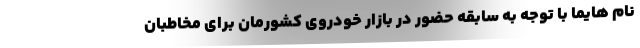
نام هایما با توجه به سابقه حضور در بازار خودروی کشورمان برای مخاطبان